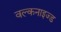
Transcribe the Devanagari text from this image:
वल्कनाइज्ड